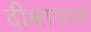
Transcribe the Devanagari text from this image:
दीक्षाजालं